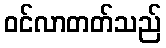
ဝင်လာတတ်သည်